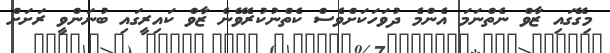
މިގޭގައި ޒާވް ނެތްނަމަ އެންމެ ދުވަހަކަށްވެސް ކެތްނުކުރެވޭނެ ޒާވް ކައިރީގައި ބުނަންވީ ރަށަށް